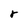
Character: r